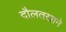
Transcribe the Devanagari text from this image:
दौलतखाने